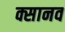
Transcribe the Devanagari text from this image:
क्सानव